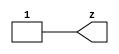
//#############################################################################
//# Function: Tie High Cell                                                   #
//# Copyright: OH Project Authors. ALl rights Reserved.                       #
//# License:  MIT (see LICENSE file in OH repository)                         #
//#############################################################################

module asic_tiehi #(parameter PROP = "DEFAULT")   (
    output z
    );

   assign z = 1'b1;

endmodule